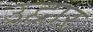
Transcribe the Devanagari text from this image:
उद्वार